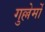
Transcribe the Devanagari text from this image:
गुल्लेर्मो